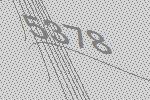
5378